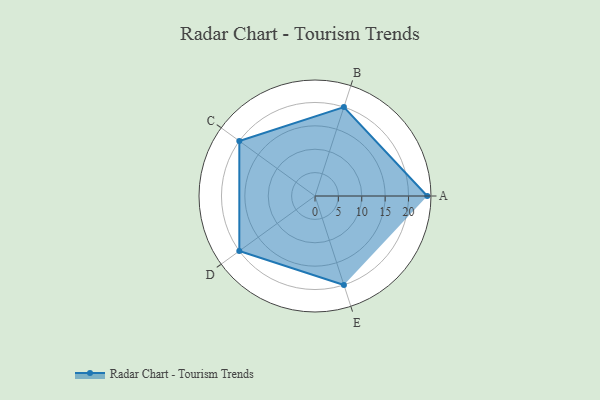
{"axis": {"x": "Skill", "y": "Score"}, "legend": ["Profile"], "data": [{"x": "A", "y": 24.0, "type": "Profile"}, {"x": "B", "y": 20.0, "type": "Profile"}, {"x": "C", "y": 20, "type": "Profile"}, {"x": "D", "y": 20, "type": "Profile"}, {"x": "E", "y": 20, "type": "Profile"}]}